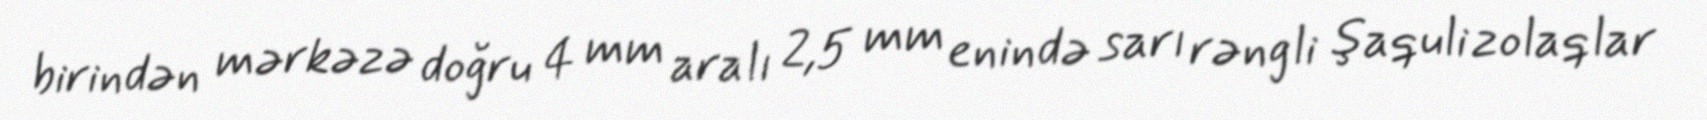
birindən mərkəzə doğru 4 mm aralı 2,5 mm enində sarı rəngli şaquli zolaqlar